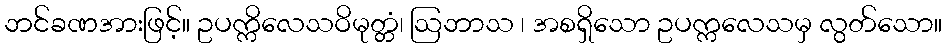
ဘင်ခဏအားဖြင့်။ ဥပက္ကိလေသဝိမုတ္တံ၊ ဩဘာသ ၊ အစရှိသော ဥပက္ကလေသမှ လွတ်သော။